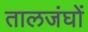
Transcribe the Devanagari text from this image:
तालजंघों